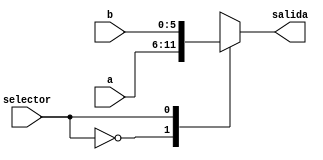
module Multiplexor_6_bits_2_a_1 ( input [5:0] a, input [5:0] b, input selector,
                                  output reg [5:0] salida );

always @(*) begin

    case(selector)
        1'b0: salida = a;
        1'b1: salida = b;
    endcase
end

endmodule